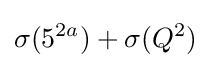
\sigma (5^{2a})+\sigma (Q^{2})